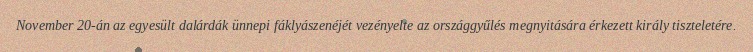
November 20-án az egyesült dalárdák ünnepi fáklyászenéjét vezényelte az országgyűlés megnyitására érkezett király tiszteletére.